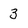
Character: 3